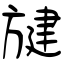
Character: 旔